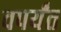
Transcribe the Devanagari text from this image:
वपर्यंत